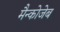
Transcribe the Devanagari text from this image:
मैन्कोजेब